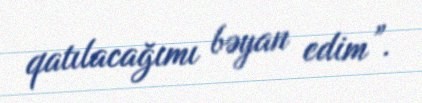
qatılacağımı bəyan edim”.